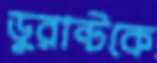
ডুরান্টকে